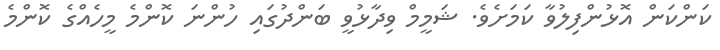
ކަންކަން އޮޅުންފިލުވާ ކަމަށެވެ. ޝަމީމް ވިދާޅުވީ ބަންދުގައި ހުންނަ ކޮންމެ މީހެއްގެ ކޮންމެ